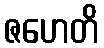
ဇဟေတိ